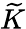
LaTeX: \widetilde{K}